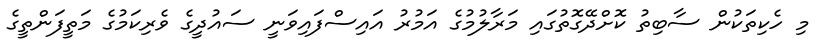
މި ހެކިތަކުން ސާބިތު ކޮށްދޭގޮތުގައި މަރާލުމުގެ އަމުރު އައިސްފައިވަނީ ސައުދީގެ ވެރިކަމުގެ މަތީފަންތީގެ